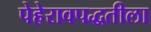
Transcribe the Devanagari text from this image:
पेहेरावपद्धतीला